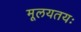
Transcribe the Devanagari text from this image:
मूलयतयः